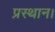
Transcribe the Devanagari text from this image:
प्रस्थान।